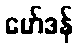
မော်ဒန်